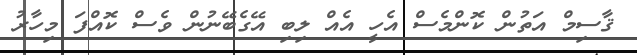
ޤާސިމް އަތުން ކޮންމެސް އެހީ އެއް ލިބި އޭގެބޭނުން ވެސް ކޮއްފަ މިހާރު